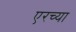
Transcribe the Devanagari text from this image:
एरच्या